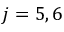
j = 5 , 6